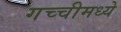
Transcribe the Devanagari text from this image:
गच्चीमध्ये